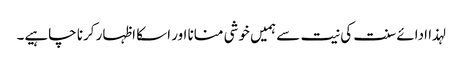
لہذا ادائے سنت کی نیت سے ہمیں خوشی منانا اور اسکا اظہار کرنا چاہیے۔